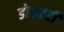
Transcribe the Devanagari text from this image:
डोकटरी